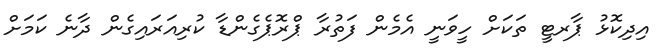
އިދިކޮޅު ޕާރޓީ ތަކަށް ހީވަނީ އެމެން ފަތުރާ ޕްރޮޕެގެންޑާ ކުރިއަރައިގެން ދާނެ ކަމަށް